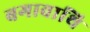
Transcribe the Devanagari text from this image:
बगावाथि